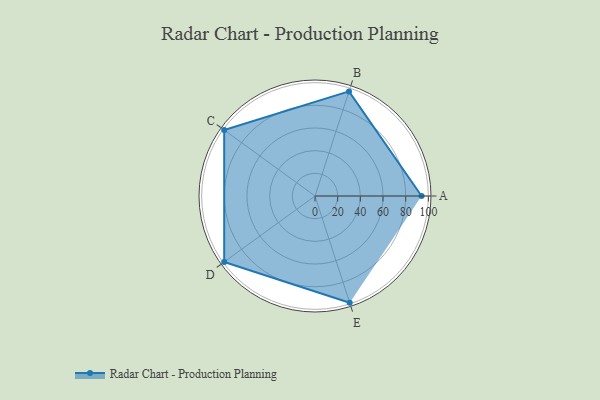
{"axis": {"x": "Skill", "y": "Score"}, "legend": ["Profile"], "data": [{"x": "A", "y": 94.0, "type": "Profile"}, {"x": "B", "y": 97.0, "type": "Profile"}, {"x": "C", "y": 99, "type": "Profile"}, {"x": "D", "y": 99, "type": "Profile"}, {"x": "E", "y": 99, "type": "Profile"}]}